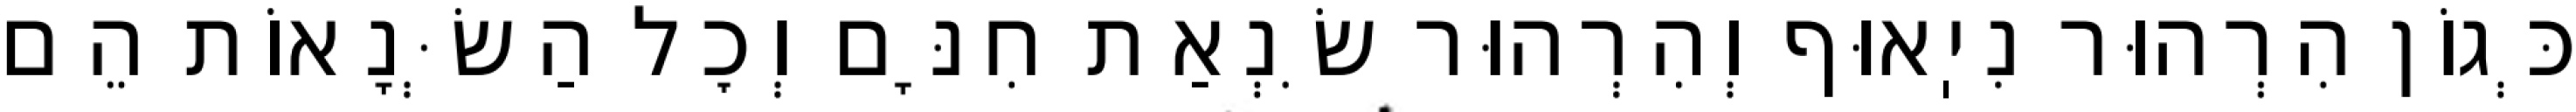
כְּגוֹן הִרְהוּר נִיֽאוּף וְהִרְהוּר שִׂנְאַת חִנָּם וְכׇל הַשְּׂנָאוֹת הֵם